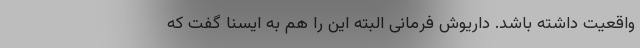
واقعیت داشته باشد. داریوش فرمانی البته این را هم به ایسنا گفت که